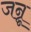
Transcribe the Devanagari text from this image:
जन्नू